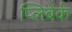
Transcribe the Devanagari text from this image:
प्लिबेर्क